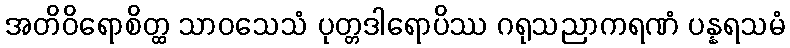
အတိဝိရောစိတ္ထ သာဝသေသံ ပုတ္တဒါရောပိဿ ဂရုသညာကရဏံ ပန္နရသမံ